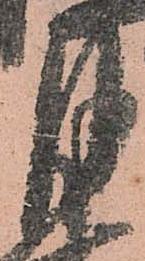
月